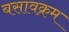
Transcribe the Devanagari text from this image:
बसावक्रम